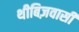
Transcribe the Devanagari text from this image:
थीबिज़वासी